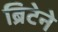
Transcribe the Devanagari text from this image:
ब्रिटेने